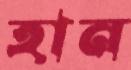
হান